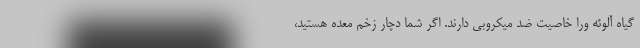
گیاه آلوئه ورا خاصیت ضد میکروبی دارند. اگر شما دچار زخم معده هستید،